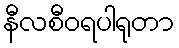
နီလစီဝရပါရုတာ